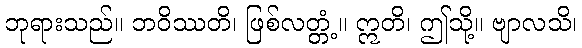
ဘုရားသည်။ ဘဝိဿတိ၊ ဖြစ်လတ္တံ့။ ဣတိ၊ ဤသို့။ ဗျာလသိ၊